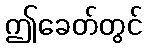
ဤခေတ်တွင်